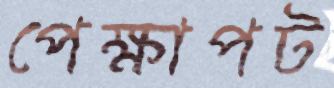
পেক্ষাপট